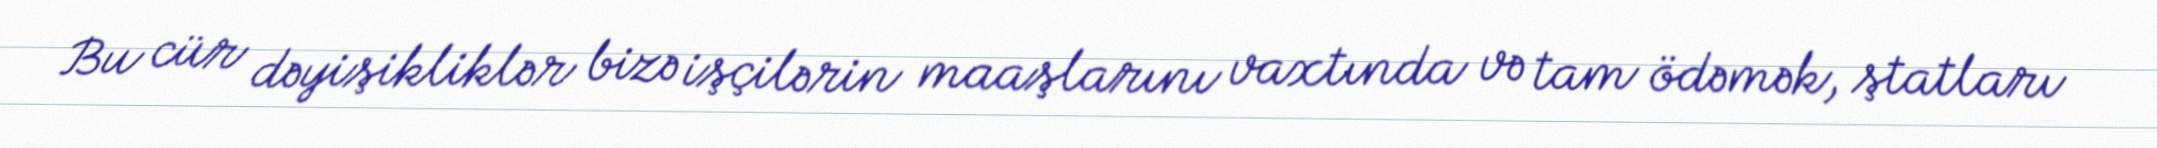
Bu cür dəyişikliklər bizə işçilərin maaşlarını vaxtında və tam ödəmək, ştatları